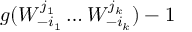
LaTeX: g ( W _ { - i _ { 1 } } ^ { j _ { 1 } } \dots W _ { - i _ { k } } ^ { j _ { k } } ) - 1